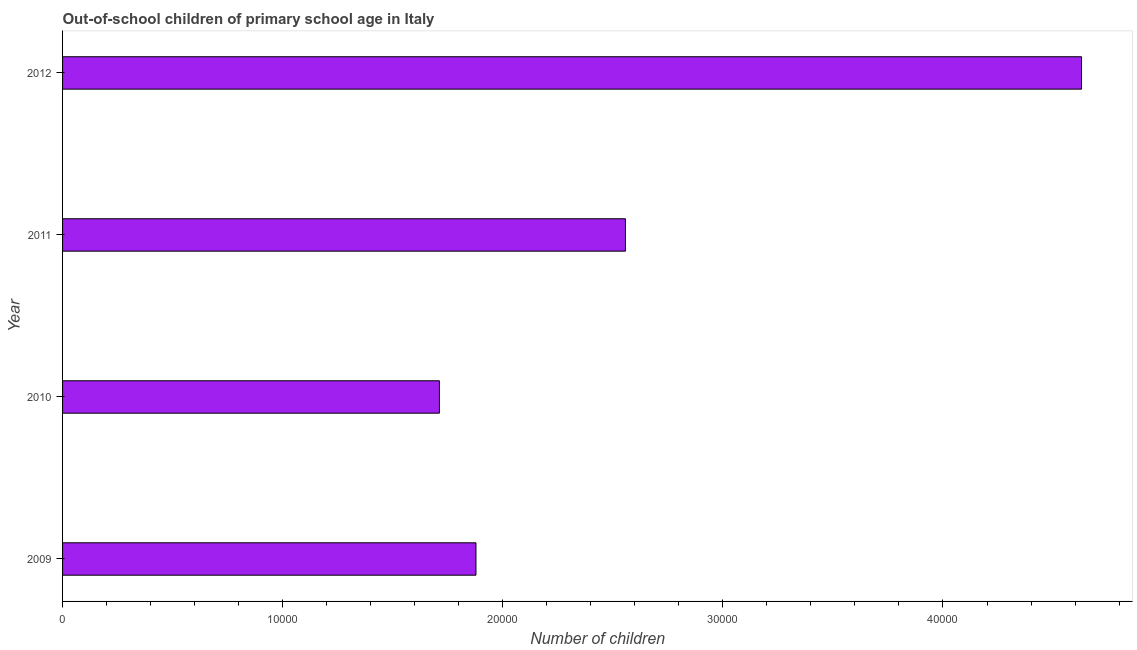
| Year | Out-of-school children of primary school age |
 | --- | --- |
 | 2009 | 1.88e+04 |
 | 2010 | 1.71e+04 |
 | 2011 | 2.56e+04 |
 | 2012 | 4.63e+04 |